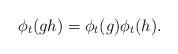
LaTeX: \begin{align*}{\phi_t(gh)= \phi_t(g) \phi_t(h).}\end{align*}